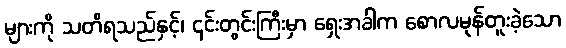
များကို သတိရသည်နှင့်၊ ၎င်းတွင်းကြီးမှာ ရှေးအခါက စောလမုန်တူးခဲ့သော